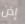
إذن